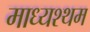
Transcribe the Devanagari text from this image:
माध्यश्थम